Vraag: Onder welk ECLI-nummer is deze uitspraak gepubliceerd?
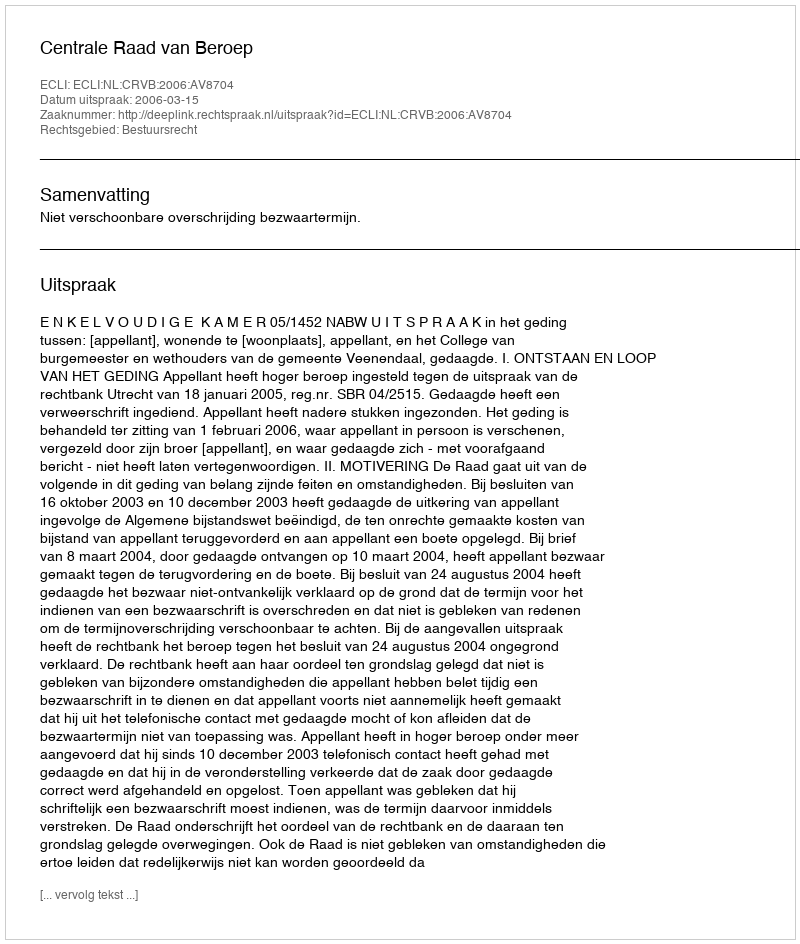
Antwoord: ECLI:NL:CRVB:2006:AV8704